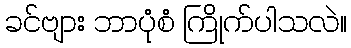
ခင်ဗျား ဘာပုံစံ ကြိုက်ပါသလဲ။